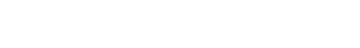
ဥပမာအားဖြင့်၊ အချို့သောရုပ်ရှင်တွေနဲ့ စာအုပ်တွေထဲမှာ ပါတဲ့